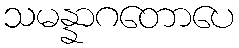
သမန္နာဂတောပေ